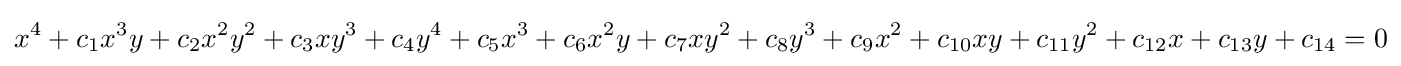
x^{4}+c_{1}x^{3}y+c_{2}x^{2}y^{2}+c_{3}xy^{3}+c_{4}y^{4}+c_{5}x^{3}+c_{6}x^{2}y+c_{7}xy^{2}+c_{8}y^{3}+c_{9}x^{2}+c_{10}xy+c_{11}y^{2}+c_{12}x+c_{13}y+c_{14}=0